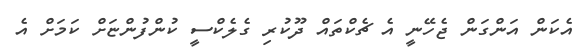
އެކަން އަންގަން ޖެހޭނީ އެ ޗެކްތައް ދޫކުރި ގެލެކްސީ ކުންފުންޏަށް ކަމަށް އެ